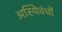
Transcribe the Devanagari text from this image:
अस्थिवंधों